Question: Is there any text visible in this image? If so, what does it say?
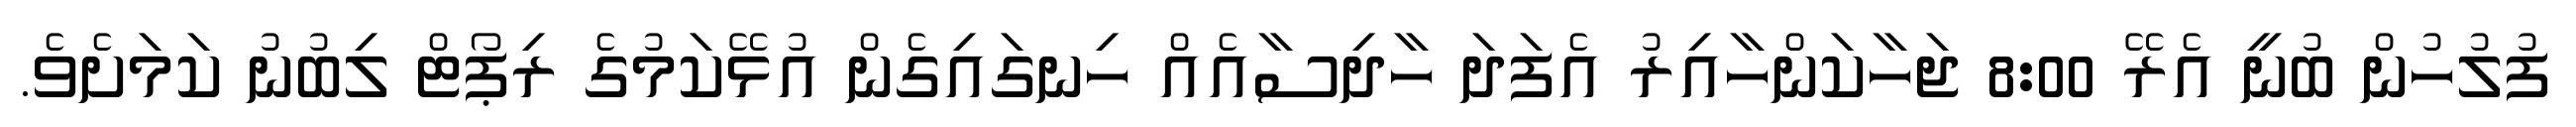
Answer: ފުލުހުން ބުނީ އެރޭ 8:00 ޖަހާކަންހާއިރު އެފަދަ ހާދިސާއެއް ހިނގައިގެން އުޅޭކަމުގެ ރިޕޯޓް ލިބުނު ކަމަށެވެ.